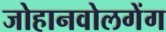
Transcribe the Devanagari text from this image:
जोहानवोलगेंग